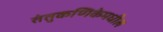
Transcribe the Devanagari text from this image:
तंतुकणिकेमधील